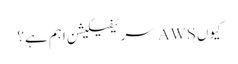
کیوں AWS سرٹیفیکیشن اہم ہے؟